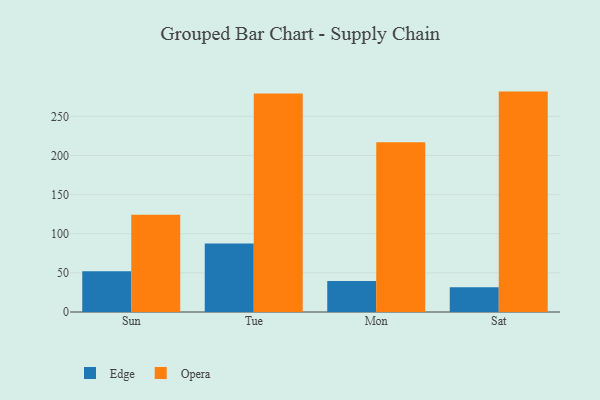
{"axis": {"x": "Day", "y": "Market Share (%)"}, "legend": ["Edge", "Opera"], "data": [{"x": "Sun", "y": 52.1, "type": "Edge"}, {"x": "Sun", "y": 124.4, "type": "Opera"}, {"x": "Tue", "y": 87.5, "type": "Edge"}, {"x": "Tue", "y": 279.3, "type": "Opera"}, {"x": "Mon", "y": 39.5, "type": "Edge"}, {"x": "Mon", "y": 216.8, "type": "Opera"}, {"x": "Sat", "y": 31.6, "type": "Edge"}, {"x": "Sat", "y": 281.6, "type": "Opera"}]}